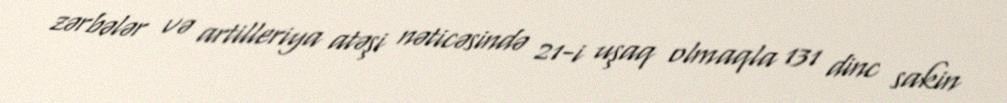
zərbələr və artilleriya atəşi nəticəsində 21-i uşaq olmaqla 131 dinc sakin